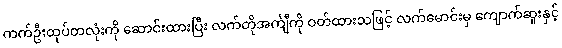
ကက်ဦးထုပ်တလုံးကို ဆောင်းထားပြီး လက်တိုအင်္ကျီကို ဝတ်ထားသဖြင့် လက်မောင်းမှ ကျောက်ဆူးနှင့်